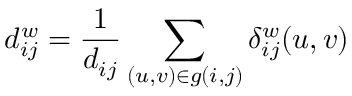
d _ { i j } ^ { w } = \frac { 1 } { d _ { i j } } \sum _ { ( u , v ) \in g ( i , j ) } \delta _ { i j } ^ { w } ( u , v )